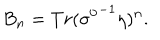
LaTeX: B _ { n } = T r ( { \sigma ^ { 0 } } ^ { - 1 } \eta ) ^ { n } .